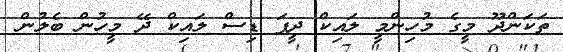
ތަކަންދޫ މީގެ މުހިންމީ ލައިކް ދީފަ ޑިސް ލައިކް ދޭ މީހުން ބެލުން